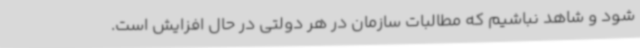
شود و شاهد نباشیم که مطالبات سازمان در هر دولتی در حال افزایش است.